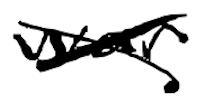
Text: war
Cross-out: mix
Writing tool: digital_black